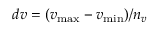
d v = ( v _ { \operatorname* { m a x } } - v _ { \operatorname* { m i n } } ) / n _ { v }